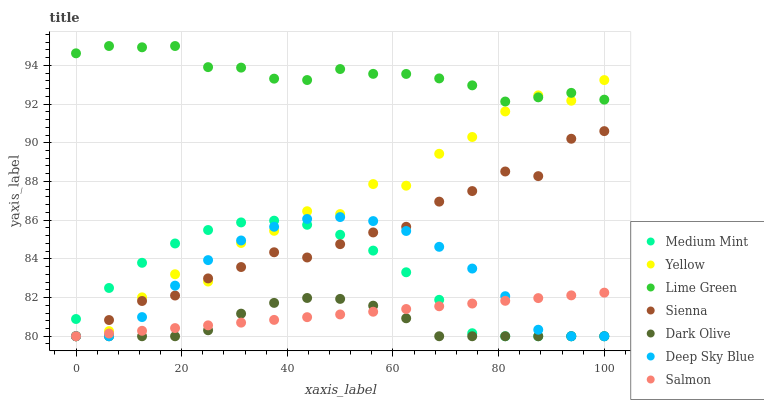
| xaxis_label | Medium Mint | Yellow | Lime Green | Sienna | Dark Olive | Deep Sky Blue | Salmon |
 | --- | --- | --- | --- | --- | --- | --- | --- |
 | 0 | 80.9 | 80 | 94.6 | 80 | 80 | 80 | 80 |
 | 6.25 | 82.5 | 80.3 | 95 | 80.8 | 80 | 80 | 80.1 |
 | 12.5 | 83.8 | 82 | 94.9 | 81.8 | 80 | 81 | 80.3 |
 | 18.8 | 84.8 | 83.2 | 95 | 82.1 | 80 | 82.6 | 80.4 |
 | 25 | 85.5 | 82.8 | 93.9 | 83 | 80.3 | 83.9 | 80.6 |
 | 31.2 | 85.9 | 84.8 | 93.9 | 83.6 | 81.2 | 84.9 | 80.7 |
 | 37.5 | 86 | 85.4 | 93.3 | 84.3 | 81.7 | 85.7 | 80.8 |
 | 43.8 | 85.8 | 86.5 | 93.2 | 84.1 | 82 | 86.1 | 81 |
 | 50 | 85.2 | 86.3 | 93.8 | 84.8 | 81.9 | 86.2 | 81.1 |
 | 56.2 | 84.4 | 87.9 | 93.6 | 85.4 | 81.6 | 86 | 81.3 |
 | 62.5 | 83.3 | 87.8 | 93.6 | 85.7 | 80.9 | 85.4 | 81.4 |
 | 68.8 | 81.9 | 89.4 | 93.3 | 87 | 80 | 84.6 | 81.5 |
 | 75 | 80.2 | 90.3 | 93 | 87.5 | 80 | 83.5 | 81.7 |
 | 81.2 | 80 | 91.6 | 92.1 | 88.5 | 80 | 82.1 | 81.8 |
 | 87.5 | 80 | 92.5 | 92.3 | 88.3 | 80 | 80.3 | 82 |
 | 93.8 | 80 | 92.2 | 92.6 | 90.2 | 80 | 80 | 82.1 |
 | 100 | 80 | 93.2 | 92.2 | 90.6 | 80 | 80 | 82.3 |